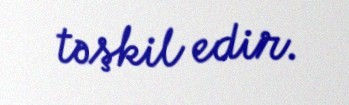
təşkil edir.